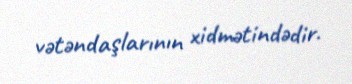
vətəndaşlarının xidmətindədir.